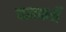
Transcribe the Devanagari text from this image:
यज्ञकर्मे